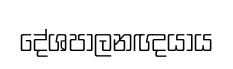
දේශපාලනඥයාය